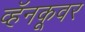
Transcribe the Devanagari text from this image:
व्हॅनकूवर